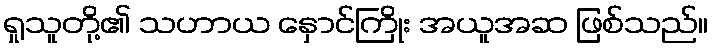
ရှုသူတို့၏ သဟာယ နှောင်ကြိုး အယူအဆ ဖြစ်သည်။